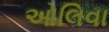
ઓલિવા